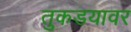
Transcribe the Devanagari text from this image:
तुकडयावर